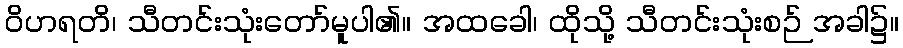
ဝိဟရတိ၊ သီတင်းသုံးတော်မူပါ၏။ အထခေါ၊ ထိုသို့ သီတင်းသုံးစဉ် အခါ၌။